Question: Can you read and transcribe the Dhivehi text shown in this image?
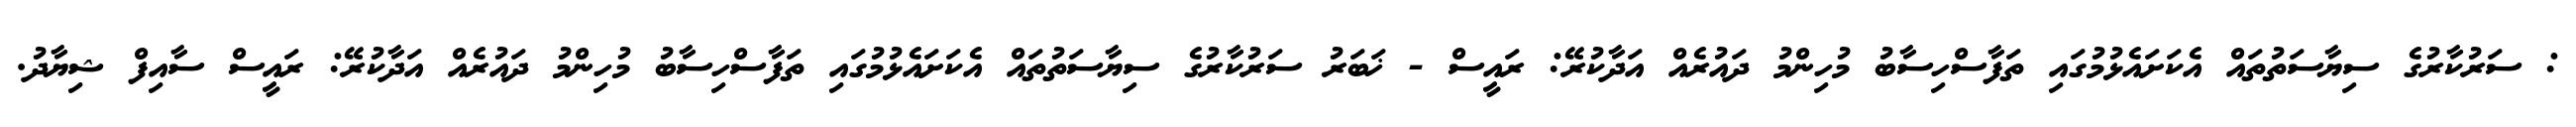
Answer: : ސަރުކާރުގެ ސިޔާސަތުތައް އެކަށައެޅުމުގައި ތަފާސްހިސާބު މުހިންމު ދައުރެއް އަދާކުރޭ: ރައީސް - ޚަބަރު ސަރުކާރުގެ ސިޔާސަތުތައް އެކަށައެޅުމުގައި ތަފާސްހިސާބު މުހިންމު ދައުރެއް އަދާކުރޭ: ރައީސް ސާއިފް ޝިޔާދު.